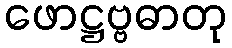
ဖောဋ္ဌဗ္ဗဓာတု